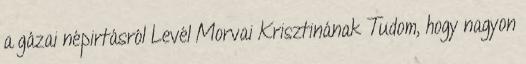
a gázai népirtásról Levél Morvai Krisztinának Tudom, hogy nagyon